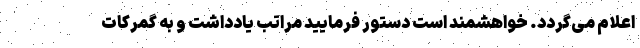
اعلام می‌گردد. خواهشمند است دستور فرمایید مراتب یادداشت و به گمرکات